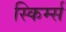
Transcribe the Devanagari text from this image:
स्किर्म्स